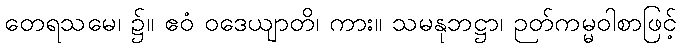
တေရသမေ၊ ၌။ ဧဝံ ဝဒေယျာတိ၊ ကား။ သမနုဘဋ္ဌာ၊ ဉတ်ကမ္မဝါစာဖြင့်